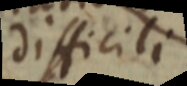
difficili